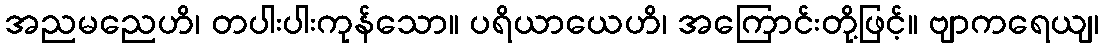
အညမညေဟိ၊ တပါးပါးကုန်သော။ ပရိယာယေဟိ၊ အကြောင်းတို့ဖြင့်။ ဗျာကရေယျ၊